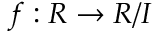
f : R \rightarrow R / I